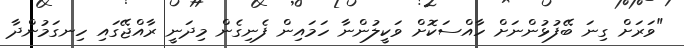
"ވަރަށް ގިނަ ބޭފުޅުންނަށް ހާއްސަކޮށް ވަކީލުންނާ ހަމައިން ފެނިގެން މިދަނީ ރާއްޖޭގައި ހިނގަމުންދާ